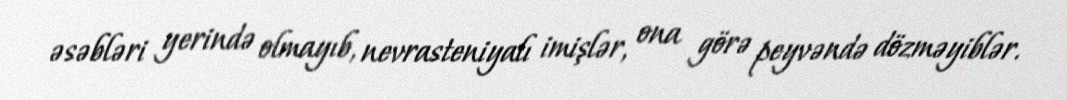
əsəbləri yerində olmayıb, nevrasteniyalı imişlər, ona görə peyvəndə dözməyiblər.